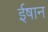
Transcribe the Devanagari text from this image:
ईषान